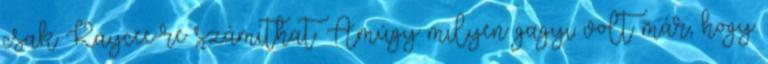
csak Kaycee-re számíthat. Amúgy milyen gagyi volt már, hogy